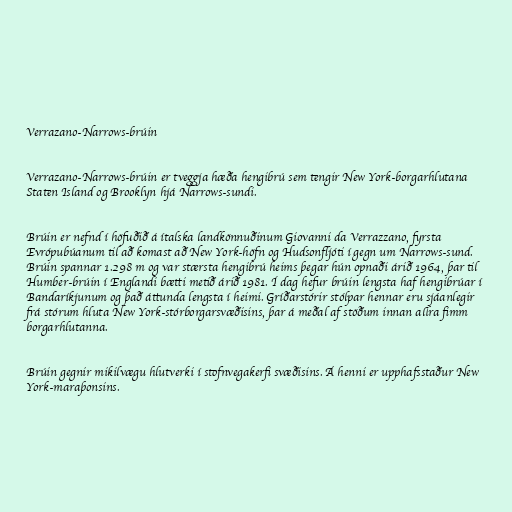
Verrazano-Narrows-brúin

Verrazano-Narrows-brúin er tveggja hæða hengibrú sem tengir New York-borgarhlutana
Staten Island og Brooklyn hjá Narrows-sundi.

Brúin er nefnd í höfuðið á ítalska landkönnuðinum Giovanni da Verrazzano, fyrsta
Evrópubúanum til að komast að New York-höfn og Hudsonfljóti í gegn um Narrows-sund.
Brúin spannar 1.298 m og var stærsta hengibrú heims þegar hún opnaði árið 1964, þar til
Humber-brúin í Englandi bætti metið árið 1981. Í dag hefur brúin lengsta haf hengibrúar í
Bandaríkjunum og það áttunda lengsta í heimi. Gríðarstórir stólpar hennar eru sjáanlegir
frá stórum hluta New York-stórborgarsvæðisins, þar á meðal af stöðum innan allra fimm
borgarhlutanna.

Brúin gegnir mikilvægu hlutverki í stofnvegakerfi svæðisins. Á henni er upphafsstaður New
York-maraþonsins.